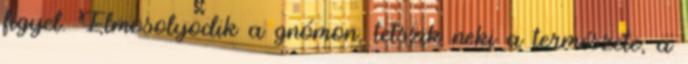
figyel. Elmosolyodik a gnómon, tetszik neki a természete, a